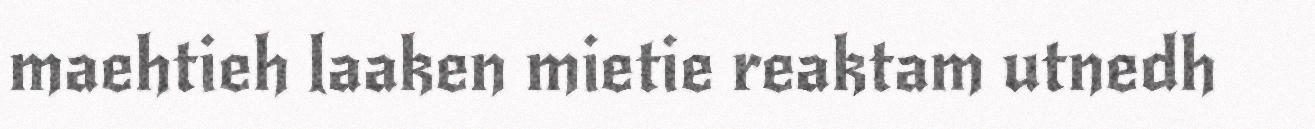
maehtieh laaken mietie reaktam utnedh